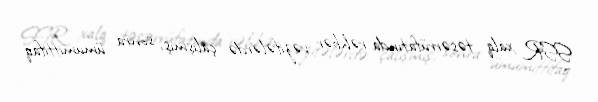
SSR xalq təsərrüfatında rəhbər vəzifələrdə çalışmış, sonra ümumittifaq